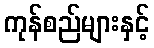
ကုန်စည်များနှင့်